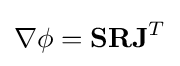
\nabla \phi =\mathbf {S} \mathbf {R} \mathbf {J} ^{T}